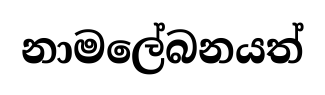
නාමලේබනයත්